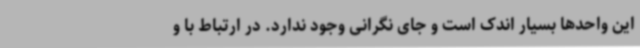
این واحدها بسیار اندک است و جای نگرانی وجود ندارد. در ارتباط با و